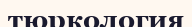
тюркология